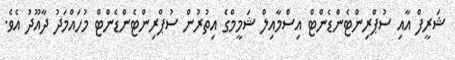
ޝަރީފް އާއި ސުޕްރިންޓެންޑެންޓް އިސްމާއިލް ޝަމީމްގެ އިތުރުން ސުޕްރިންޓެންޑެންޓް މުހައްމަދު ދާއޫދު އެވެ.